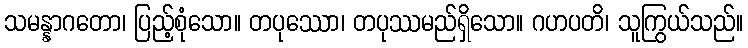
သမန္နာဂတော၊ ပြည့်စုံသော။ တပုဿော၊ တပုဿမည်ရှိသော။ ဂဟပတိ၊ သူကြွယ်သည်။